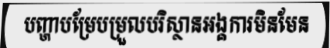
បញ្ហាបម្រែបម្រួលបរិស្ថានអង្គការមិនមែន